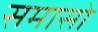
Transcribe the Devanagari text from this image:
समासो